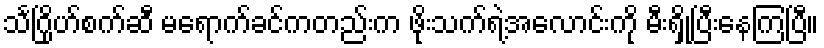
သင်္ဂြိုဟ်စက်ဆီ မရောက်ခင်ကတည်းက ဖိုးသက်ရဲ့အလောင်းကို မီးရှို့ပြီးနေကြပြီ။